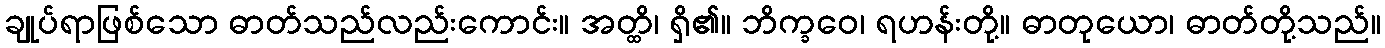
ချုပ်ရာဖြစ်သော ဓာတ်သည်လည်းကောင်း။ အတ္ထိ၊ ရှိ၏။ ဘိက္ခဝေ၊ ရဟန်းတို့။ ဓာတုယော၊ ဓာတ်တို့သည်။